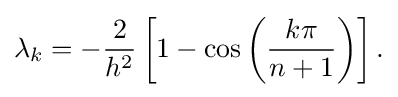
\lambda _{k}=-{\frac {2}{h^{2}}}\left[1-\cos \left({\frac {k\pi }{n+1}}\right)\right].\,\!